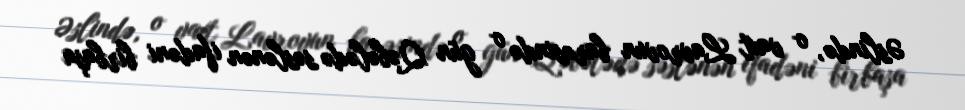
Əslində, o vaxt Lavrovun barəsində o gün Qəbələdə səslənən ifadəni birbaşa